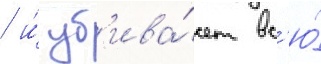
/ и́ уб'ива́ет вс'ю́